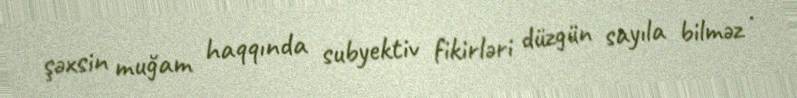
şəxsin muğam haqqında subyektiv fikirləri düzgün sayıla bilməz .